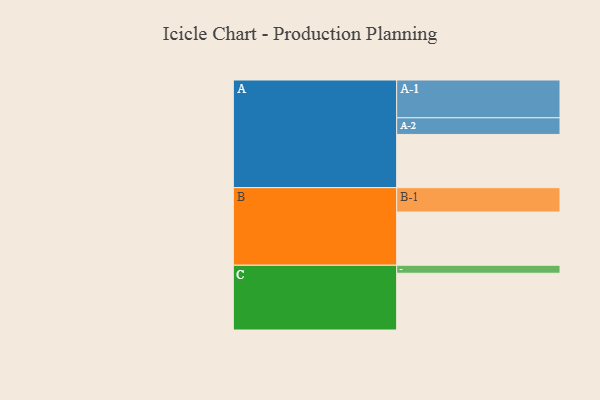
{"axis": {"x": "Segment", "y": "Value"}, "legend": ["", "A", "B", "C"], "data": [{"x": "A", "y": 393, "type": ""}, {"x": "B", "y": 393, "type": ""}, {"x": "C", "y": 419, "type": ""}, {"x": "A-1", "y": 279, "type": "A"}, {"x": "A-2", "y": 123, "type": "A"}, {"x": "B-1", "y": 180, "type": "B"}, {"x": "C-1", "y": 59, "type": "C"}]}